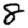
Digit: 8